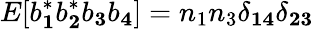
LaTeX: E[b_{\mathbf 1}^{*}b_{\mathbf 2}^{*}b_{\mathbf 3}b_{\mathbf 4}]=n_{1}n_{3}\delta_{\mathbf 1\mathbf 4}\delta_{\mathbf 2\mathbf 3}